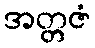
အတ္တဇံ